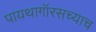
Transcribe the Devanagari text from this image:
पायथागॉरसच्याच